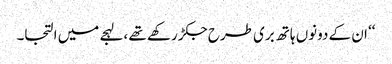
‘‘ ان کے دونوں ہاتھ بری طرح جکڑ رکھے تھے ،لہجے میں التجا۔